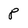
Character: 8